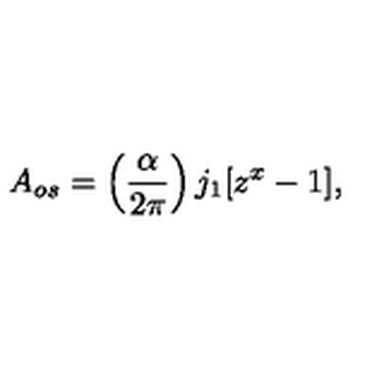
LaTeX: A _ { o s } = \left( \frac { \alpha } { 2 \pi } \right) j _ { 1 } [ z ^ { x } - 1 ] ,